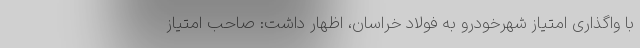
با واگذاری امتیاز شهرخودرو به فولاد خراسان، اظهار داشت: صاحب امتیاز